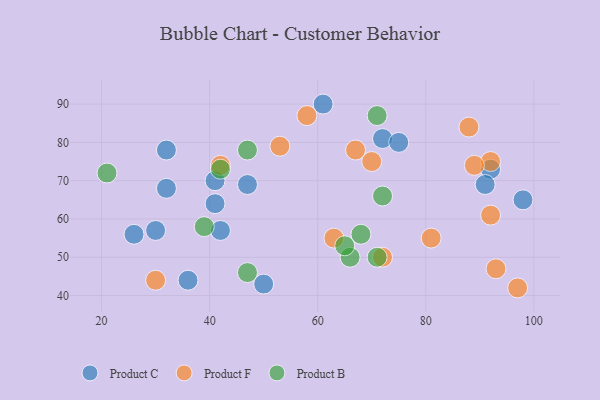
{"axis": {"x": "GDP", "y": "Life Expectancy"}, "legend": ["Product B", "Product C", "Product F"], "data": [{"x": "98", "y": 65, "type": "Product C"}, {"x": "36", "y": 44, "type": "Product C"}, {"x": "50", "y": 43, "type": "Product C"}, {"x": "42", "y": 57, "type": "Product C"}, {"x": "41", "y": 64, "type": "Product C"}, {"x": "26", "y": 56, "type": "Product C"}, {"x": "92", "y": 73, "type": "Product C"}, {"x": "32", "y": 78, "type": "Product C"}, {"x": "91", "y": 69, "type": "Product C"}, {"x": "32", "y": 68, "type": "Product C"}, {"x": "41", "y": 70, "type": "Product C"}, {"x": "30", "y": 57, "type": "Product C"}, {"x": "61", "y": 90, "type": "Product C"}, {"x": "72", "y": 81, "type": "Product C"}, {"x": "75", "y": 80, "type": "Product C"}, {"x": "47", "y": 69, "type": "Product C"}, {"x": "72", "y": 50, "type": "Product F"}, {"x": "70", "y": 75, "type": "Product F"}, {"x": "93", "y": 47, "type": "Product F"}, {"x": "63", "y": 55, "type": "Product F"}, {"x": "97", "y": 42, "type": "Product F"}, {"x": "58", "y": 87, "type": "Product F"}, {"x": "67", "y": 78, "type": "Product F"}, {"x": "88", "y": 84, "type": "Product F"}, {"x": "92", "y": 61, "type": "Product F"}, {"x": "92", "y": 75, "type": "Product F"}, {"x": "53", "y": 79, "type": "Product F"}, {"x": "42", "y": 74, "type": "Product F"}, {"x": "89", "y": 74, "type": "Product F"}, {"x": "30", "y": 44, "type": "Product F"}, {"x": "81", "y": 55, "type": "Product F"}, {"x": "66", "y": 50, "type": "Product B"}, {"x": "47", "y": 78, "type": "Product B"}, {"x": "39", "y": 58, "type": "Product B"}, {"x": "68", "y": 56, "type": "Product B"}, {"x": "42", "y": 73, "type": "Product B"}, {"x": "72", "y": 66, "type": "Product B"}, {"x": "65", "y": 53, "type": "Product B"}, {"x": "47", "y": 46, "type": "Product B"}, {"x": "71", "y": 87, "type": "Product B"}, {"x": "71", "y": 50, "type": "Product B"}, {"x": "21", "y": 72, "type": "Product B"}]}